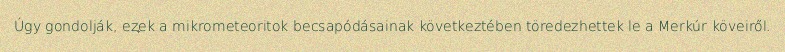
Úgy gondolják, ezek a mikrometeoritok becsapódásainak következtében töredezhettek le a Merkúr köveiről.